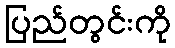
ပြည်တွင်းကို